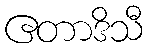
ဧတာဒိသီ